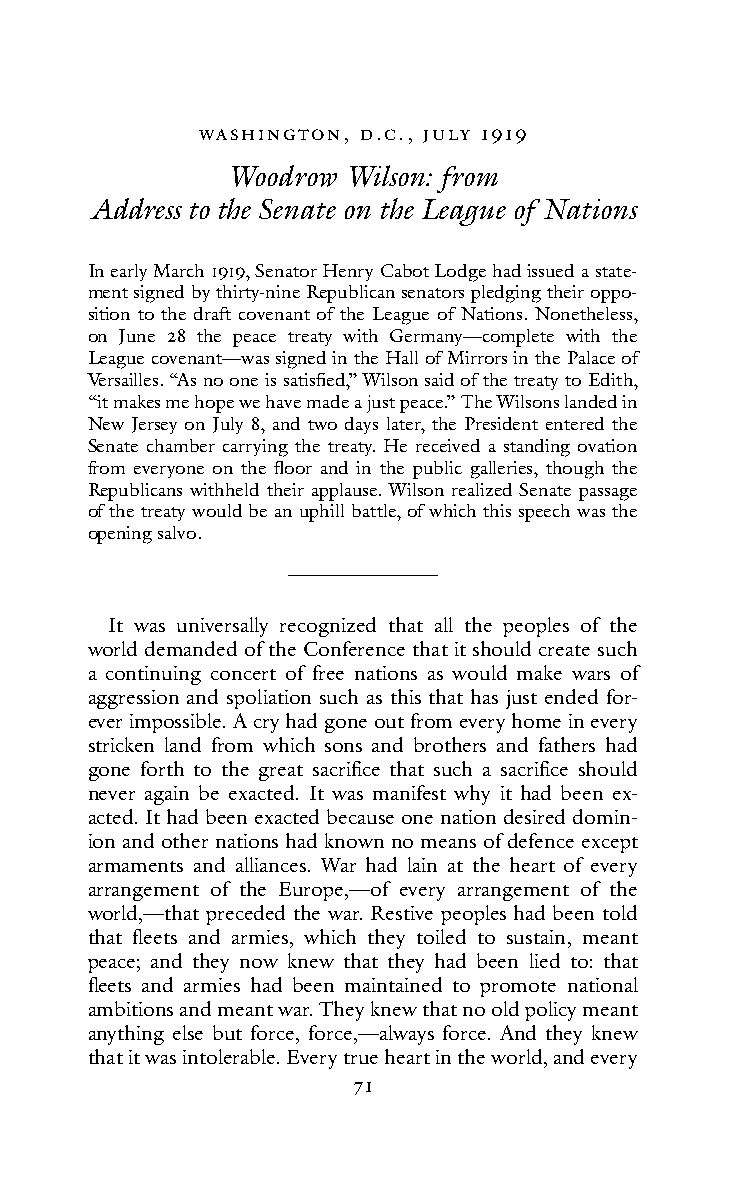
WAsHIn Gton, d.c., JuLY 1919
 Woodrow Wilson: from
 Address to the Senate on the League of Nations
 In early March 1919, Senator Henry Cabot Lodge had issued a state-
 ment signed by thirty-nine Republican senators pledging their oppo-
 sition to the draft covenant of the League of Nations. Nonetheless,
 on June 28 the peace treaty with Germany—complete with the
 League covenant—was signed in the Hall of Mirrors in the Palace of
 Versailles. “As no one is satisfied,” Wilson said of the treaty to Edith,
 “it makes me hope we have made a just peace.” The Wilsons landed in
 New Jersey on July 8, and two days later, the President entered the
 Senate chamber carrying the treaty. He received a standing ovation
 from everyone on the floor and in the public galleries, though the
 Republicans withheld their applause. Wilson realized Senate passage
 of the treaty would be an uphill battle, of which this speech was the
 opening salvo.
 It was universally recognized that all the peoples of the
 world demanded of the Conference that it should create such
 a continuing concert of free nations as would make wars of
 aggression and spoliation such as this that has just ended for-
 ever impossible. A cry had gone out from every home in every
 stricken land from which sons and brothers and fathers had
 gone forth to the great sacrifice that such a sacrifice should
 never again be exacted. It was manifest why it had been ex-
 acted. It had been exacted because one nation desired domin-
 ion and other nations had known no means of defence except
 armaments and alliances. War had lain at the heart of every
 arrangement of the Europe,—of every arrangement of the
 world,—that preceded the war. Restive peoples had been told
 that fleets and armies, which they toiled to sustain, meant
 peace; and they now knew that they had been lied to: that
 fleets and armies had been maintained to promote national
 ambitions and meant war. They knew that no old policy meant
 anything else but force, force,—always force. And they knew
 that it was intolerable. Every true heart in the world, and every
 71